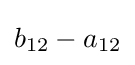
b_{12}-a_{12}